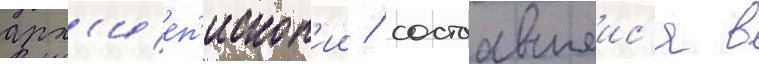
арх'иеп'ископ'ии / состоавшеис'я в